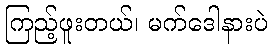
ကြည့်ဖူးတယ်၊ မက်ဒေါနားပဲ